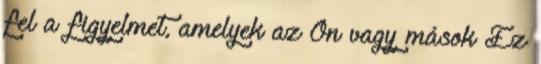
fel a figyelmet, amelyek az Ön vagy mások Ez